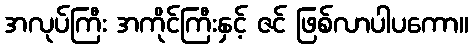
အလုပ်ကြီး အကိုင်ကြီးနှင့် ဇင် ဖြစ်လာပါပကော။